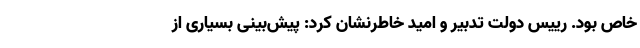
خاص بود. رییس دولت تدبیر و امید خاطرنشان کرد: پیش‌بینی بسیاری از